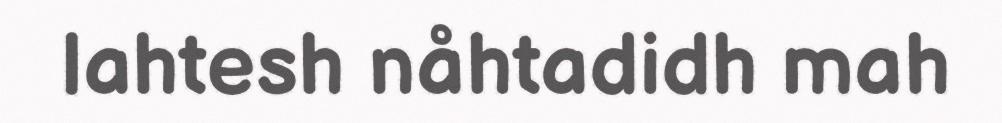
lahtesh nåhtadidh mah